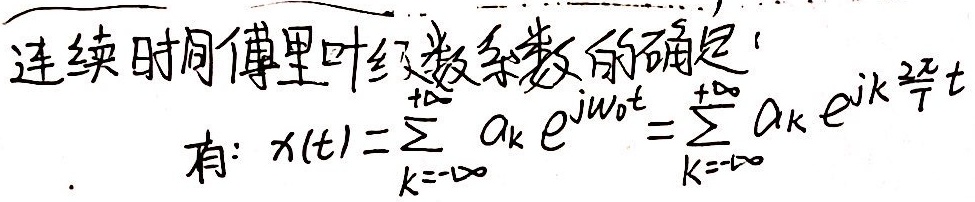
连续时间傅里叶级数系数的确定有：
\[x(t)=\sum_{k = -\infty}^{+\infty}a_{k}e^{j\omega_{0}t}=\sum_{k = -\infty}^{+\infty}a_{k}e^{jk\frac{2\pi}{T}t}\]